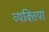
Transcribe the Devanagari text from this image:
व्यक्तिया